Note on the mental hospitals in Burma - 1925-1940
Year: 1925
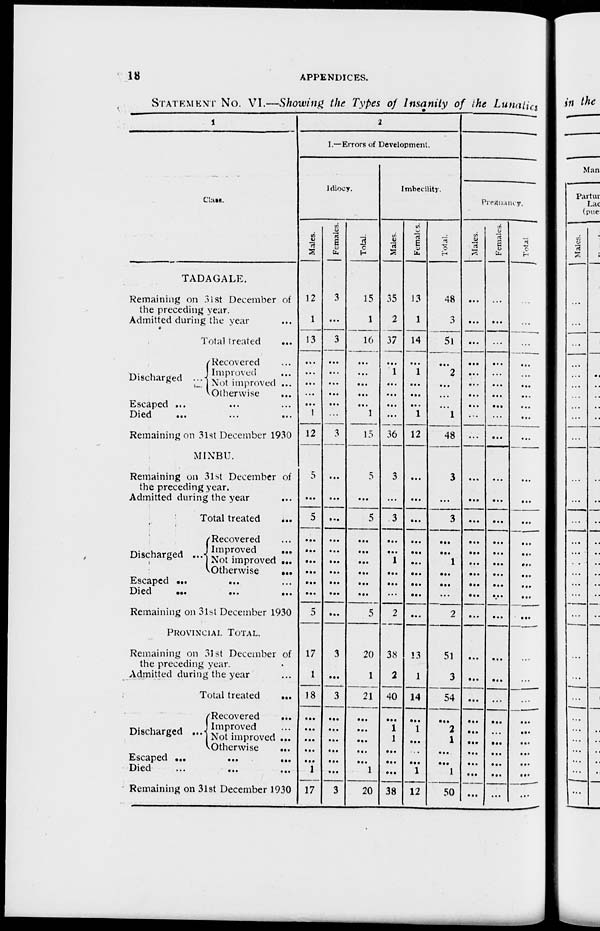
18
APPENDICES.
STATEMENT No. VI.—Showing the Types of Insanity of the Lunatics
1
Class.
TADAGALE.
Remaining on 31st December of
the preceding year.
Admitted during the year ...
Total treated
...
Discharged
...
Recovered ...
Improved ...
Not improved ...
Otherwise
...
Escaped ...
...
...
Died
...
...
...
Remaining on 31st December 1930
MINBU.
Remaining on 31st December of
the preceding year.
Admitted during the year ...
Total treated
...
Discharged ...
Recovered ...
Improved
...
Not improved ...
Otherwise
...
Escaped
...
...
...
Died
...
...
...
Remaining on 31st December 1930
PROVINCIAL TOTAL.
Remaining on 31st December of
the preceding year.
Admitted during the year ...
Total treated
...
Discharged ...
Recovered
...
Improved ...
Not improved ...
Otherwise
...
Escaped ...
...
...
Died
...
... ...
Remaining on 31st December 1930
2
I.—Errors of Development.
Idiocy.
Males.
12
1
13
...
...
...
...
...
1
12
5
...
5
...
...
...
...
...
...
5
17
1
18
...
...
...
...
...
1
17
Females.
3
...
3
...
...
...
...
...
...
3
...
...
...
...
...
...
...
...
...
...
3
...
3
...
...
...
...
...
...
3
Total.
15
1
16
...
...
...
...
...
1
15
5
...
5
...
...
...
...
...
...
5
20
1
21
...
...
...
...
...
1
20
Imbecility.
Males.
35
2
37
...
1
...
...
...
...
36
3
...
3
...
...
1
...
...
...
2
38
2
40
...
1
1
...
...
...
38
Females.
13
1
14
... 1
...
...
...
1
12
...
...
...
...
...
...
...
...
...
...
13
1
14
...
1
...
...
...
1
12
Total.
48
3
51
...
2
...
...
...
1
48
3
...
3
...
...
1
...
...
...
2
51
3
54
...
2
1
...
...
1
50
Pregnancy.
Males.
...
...
...
...
...
...
...
...
...
...
...
...
...
...
...
...
...
...
...
...
...
...
...
...
...
...
...
...
...
...
Females.
...
...
...
...
...
...
...
...
...
...
...
...
...
...
...
...
...
...
...
...
...
...
...
...
...
...
...
...
...
...
Total
...
...
...
...
...
...
...
...
...
...
...
...
...
...
...
...
...
...
...
...
...
...
...
...
...
...
...
...
...
...